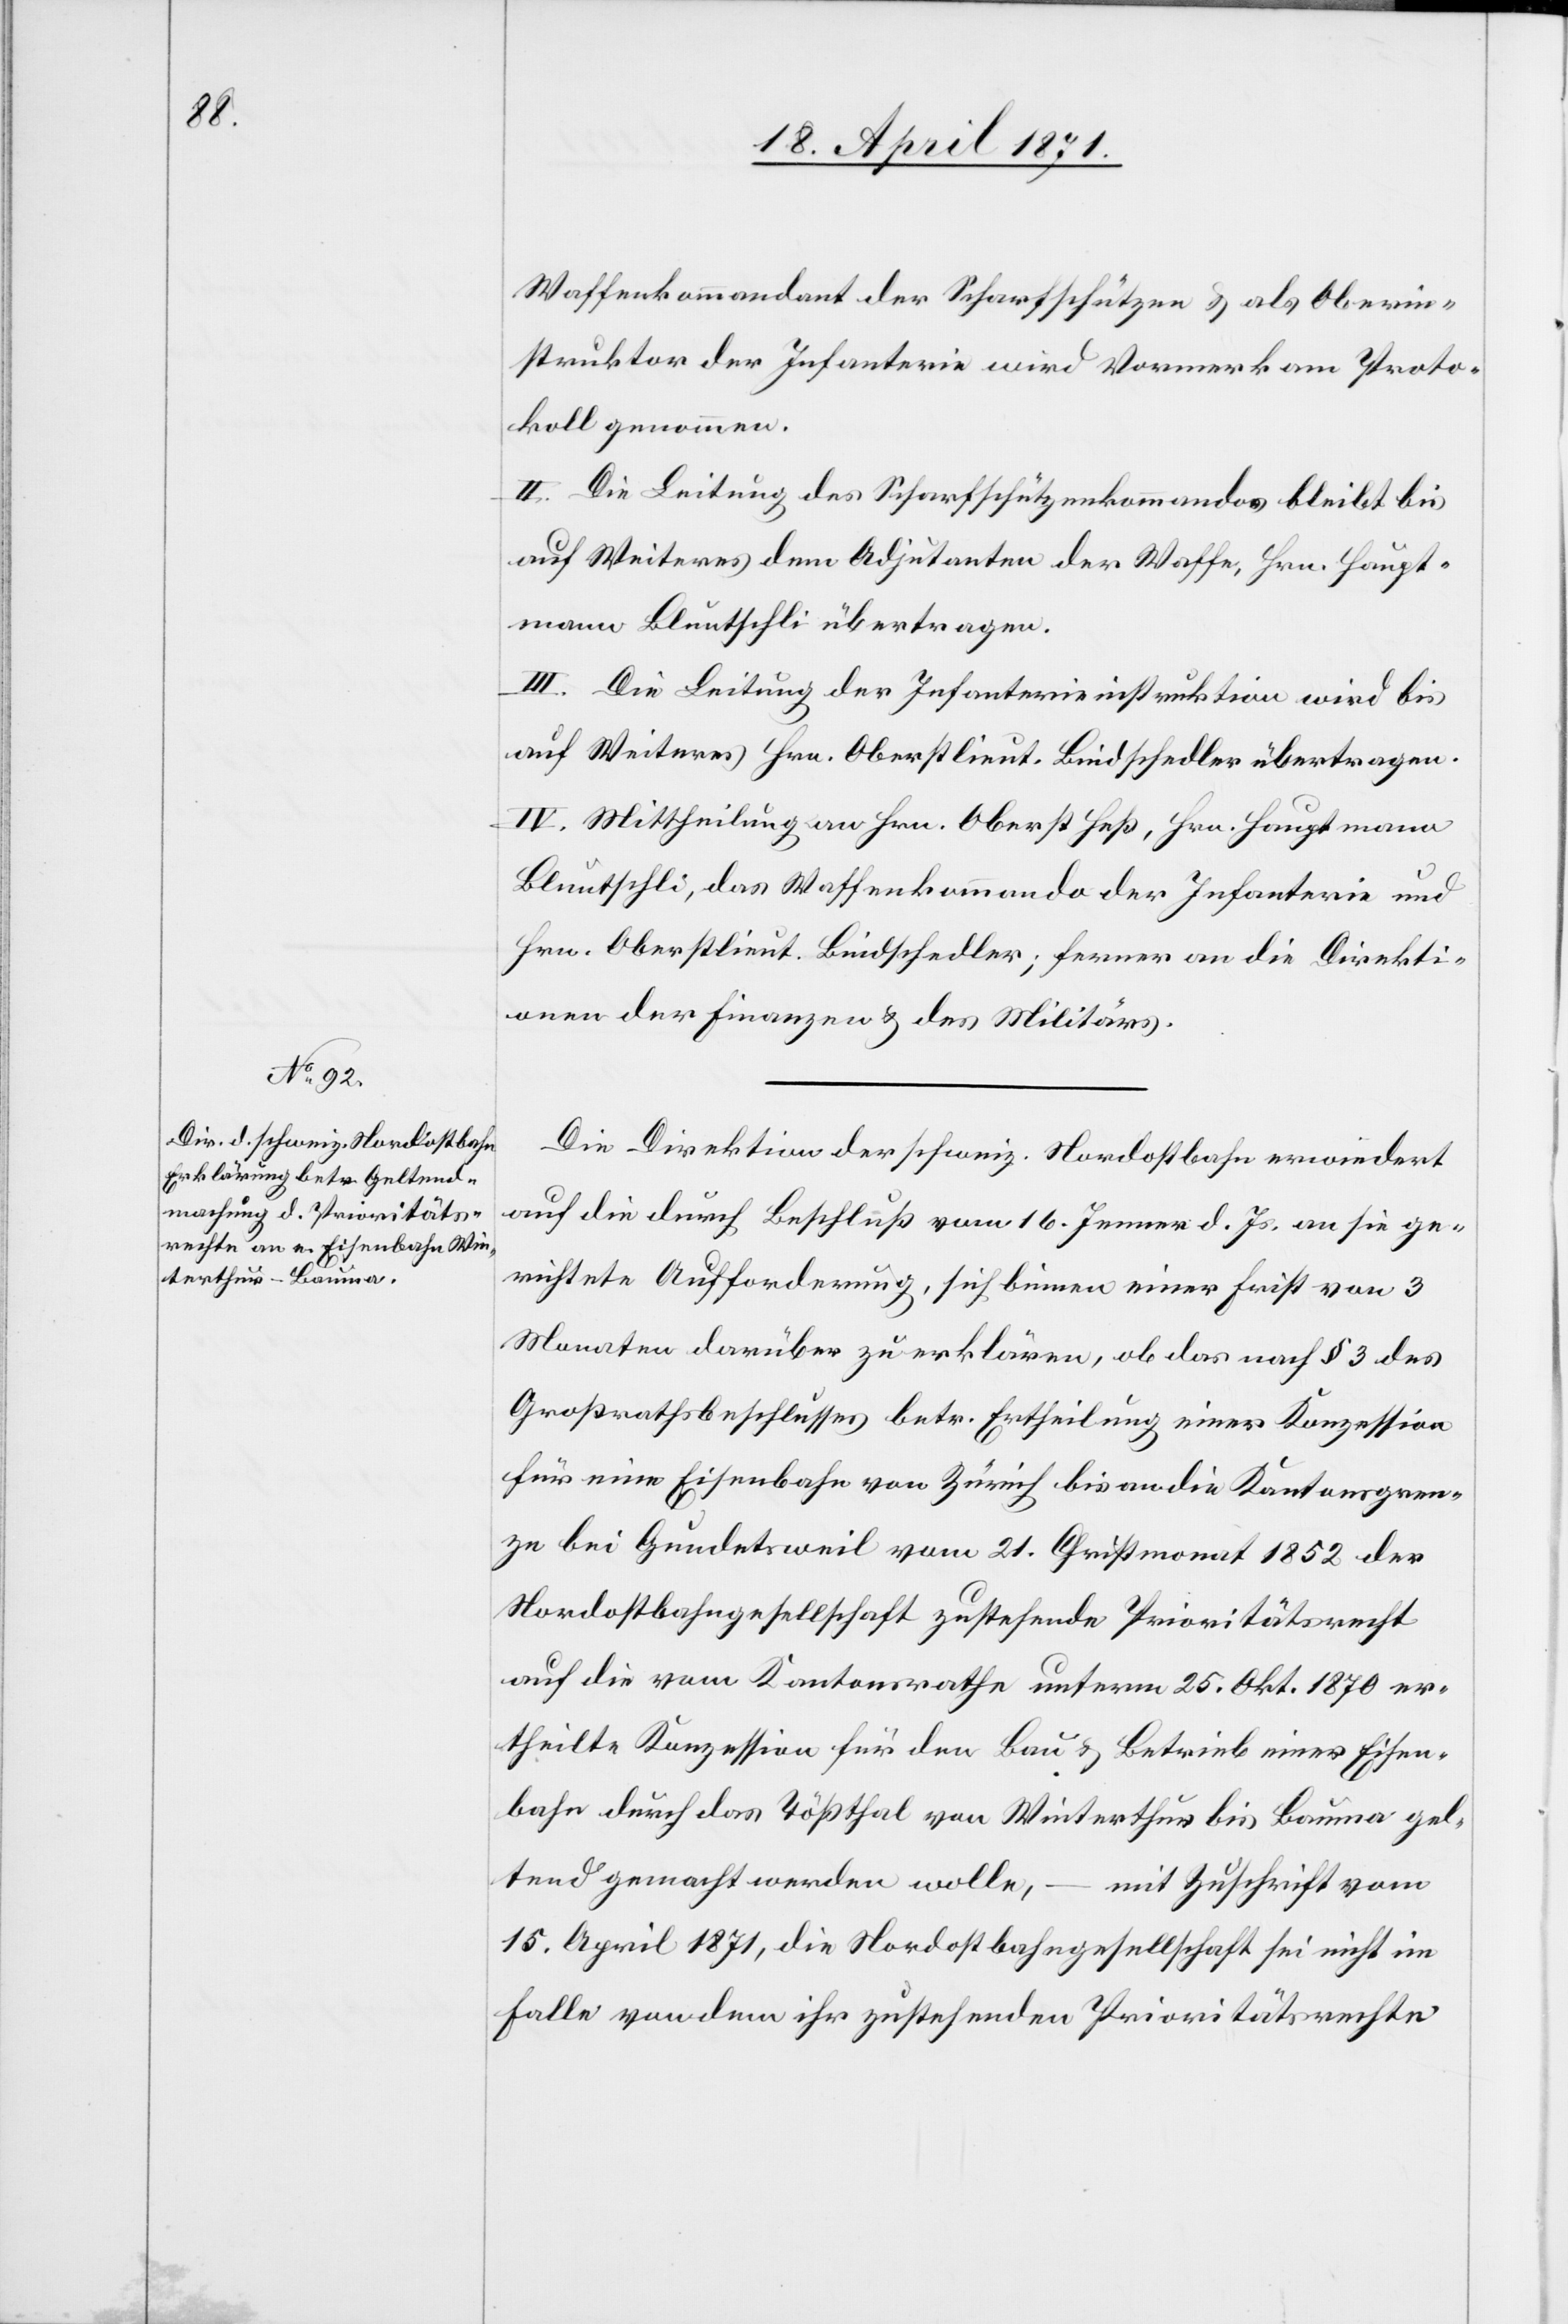
Waffenkommandant der Scharfschützen u. als Oberin¬
struktor der Infanterie wird Vormerk am Proto¬
koll genommen.
II. Die Leitung des Scharfschützenkommandos bleibt bis
auf Weiteres dem Adjutanten der Waffe, Hrn. Haupt¬
mann Bluntschli übertragen.
III. Die Leitung der Infanterieinstruktion wird bis
auf Weiteres Hrn. Oberstlieut. Bindschedler übertragen.
IV. Mittheilung an Hrn. Oberst Heß, Hrn. Hauptmann
Bluntschli, das Waffenkommando der Infanterie und
Hrn. Oberstlieut. Bindschedler; ferner an die Direkti¬
on der Finanzen u. des Militärs.
Die Direktion der schweiz. Nordostbahn erwiedert
auf die durch Beschluß vom 16. Jenner d. Js. an sie ge¬
richtete Aufforderung, sich binnen einer Frist von 3
Monaten darüber zu erklären, ob das nach § 3 des
Großrathsbeschlusses betr. Ertheilung einer Konzession
für eine Eisenbahn von Zürich bis an die Kantonsgren¬
ze bei Gundetsweil vom 21. Christmonat 1852 der
Nordostbahngesellschaft zustehende Prioritätsrecht
auf die vom Kantonsrathe unterm 25. Okt. 1870 er¬
theilte Konzession für den Bau u. Betrieb einer Eisen¬
bahn durch das Tößthal von Winterthur bis Bauma gel¬
tend gemacht werden wolle, – mit Zuschrift vom
15. April 1871, die Nordostbahngesellschaft sei nicht im
Falle von dem ihr zustehenden Prioritätsrechte